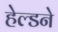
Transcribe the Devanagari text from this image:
हेल्डने